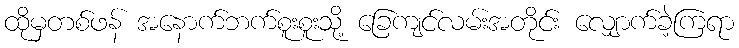
ထိုမှတစ်ဖန် အနောက်ဘက်စူးစူးသို့ ခြေကျင်လမ်းအတိုင်း လျှောက်ခဲ့ကြရာ